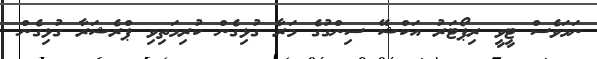
ނަމަވެސް ޓީވީ ރިޕޯޓަރު އަކްޝޭ ސިންގުގެ މަރާ ގުޅިގެން ކުރިމަތިވި ޕްރެޝަރާ ގުޅިގެން